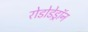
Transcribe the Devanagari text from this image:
रोडोडेड्रॉन